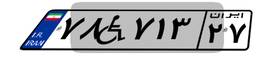
۷۸W۷۱۳۲۷